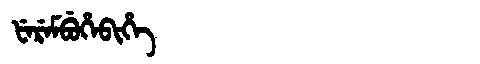
Manchu: ᡶᡝᡵᡝᠮᠪᡠᡥᡝᠪᡳᡥᡝ
Romanization: FEREMBUHEBIHE